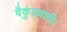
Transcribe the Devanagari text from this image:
वैकुंठवासी।